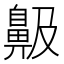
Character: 䶋